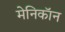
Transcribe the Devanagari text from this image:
मेनिकॉन